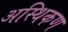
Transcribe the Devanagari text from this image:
अस्थिकण